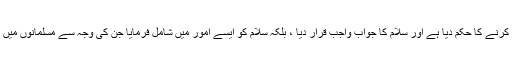
اللہ تعالی نے سلام عام کرنے کا حکم دیا ہے اور سلام کا جواب واجب قرار دیا ، بلکہ سلام کو ایسے امور میں شامل فرمایا جن کی وجہ سے مسلمانوں میں محبت اور الفت پیدا ہو۔